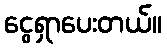
ငွေရှာပေးတယ်။